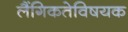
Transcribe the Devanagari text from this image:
लैंगिकतेविषयक